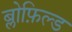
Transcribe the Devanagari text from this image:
ब्लोफ़िल्ड